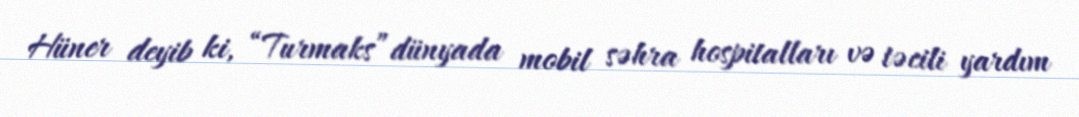
Hüner deyib ki, “Turmaks”dünyada mobil səhra hospitalları və təcili yardım